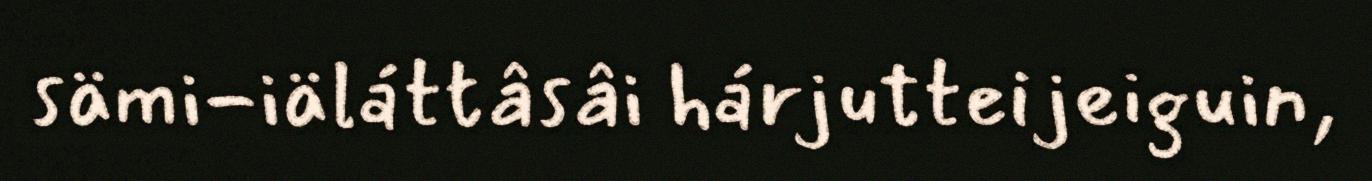
sämi-iäláttâsâi hárjutteijeiguin,